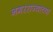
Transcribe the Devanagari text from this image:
नगरराज्याच्या